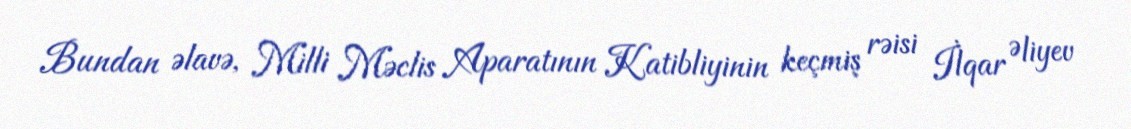
Bundan əlavə, Milli Məclis Aparatının Katibliyinin keçmiş rəisi İlqar Əliyev